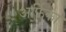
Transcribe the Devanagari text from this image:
अर्फिका